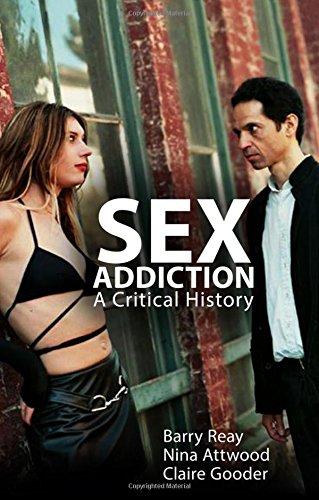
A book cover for Sex Addiction: A Critical History; Barry Reay; Health, Fitness & Dieting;